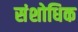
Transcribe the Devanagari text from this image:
संशोधिक